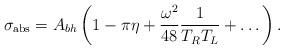
LaTeX: \begin{align*} \sigma_{\rm abs} = A_{bh}\left(1 - \pi\eta + {\omega^2\over 48}{1\over T_R T_L} +\dots \right).\end{align*}